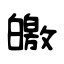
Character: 皦